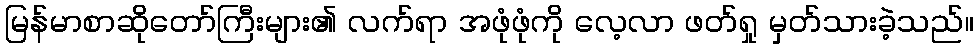
မြန်မာစာဆိုတော်ကြီးများ၏ လက်ရာ အဖုံဖုံကို လေ့လာ ဖတ်ရှု မှတ်သားခဲ့သည်။